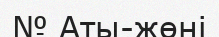
№ Аты-жөні